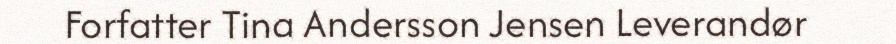
Forfatter Tina Andersson Jensen Leverandør